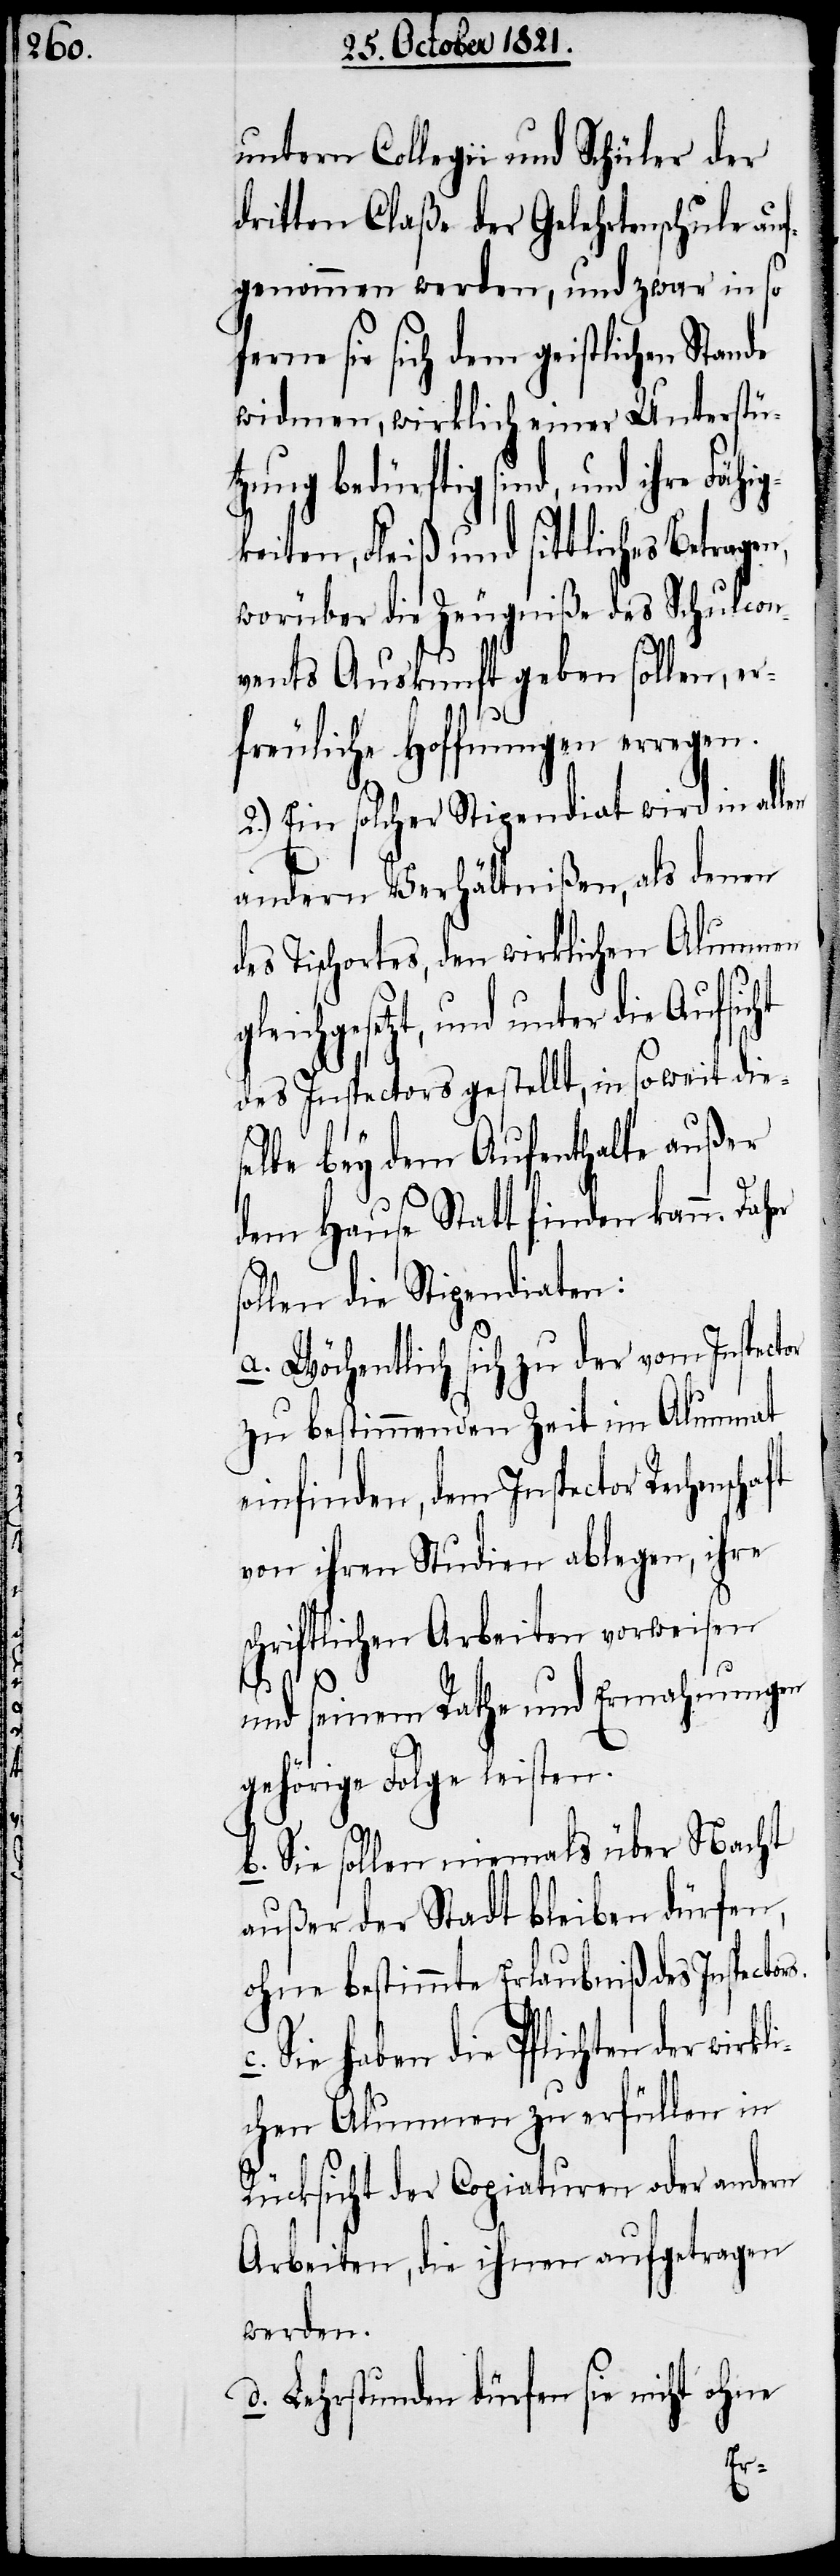
untern Collegii und Schüler der
dritten Claße der Gelehrtenschule auf¬
genommen werden, und zwar in so
fern sie sich dem geistlichen Stan¬
widmen, wirklich einer Unterstüt¬
zung bedürftig sind, und
worüber die Zeugniße des Schulcon¬
c.
vents Auskunft geben sollen, er¬
freuliche Hoffnungen erregen.
2.) Ein solcher Stipendiat wird in allen
andern Verhältnißen, als denen
des Tischortes, den wirklichen Alumnen
eichgesetzt, und unter die
des Inspectors gestellt, in soweit dies¬
elbe bey dem Aufenthalte außer
dem Hause Statt finden kann. Da¬
ollen die Stipendiaten:
a. Wöchentlich sich zu der vom Inspector
zu bestimmenden Zeit im Alumnat
einfinden, dem Inspector Rechen¬
von ihren Studien ablegen, ihre
schriftlichen Arbeiten vorweisen
schaft
und seinem Rathe und Ermahnungen
gehörige Folge leisten.
b. Sie sollen niemals über Nacht
außer der Stadt bleiben dürfen,
ohne bestimmte Erlaubniß des Inspecto¬
Sie haben die Pflichten der wi¬
chen Alumnen zu erfüllen in
Rücksicht der Copiaturen oder andern
Arbeiten, die ihnen aufgetragen
werden.
d. Lehrstunden dürfen sie nicht ohne
rkli¬